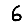
Digit: 6